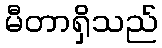
မီတာရှိသည်